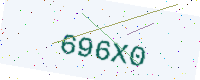
Text: 696X0